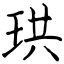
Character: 珙